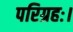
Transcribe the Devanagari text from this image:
परिग्रहः।